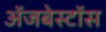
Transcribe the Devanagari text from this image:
ॲजबेस्टॉस